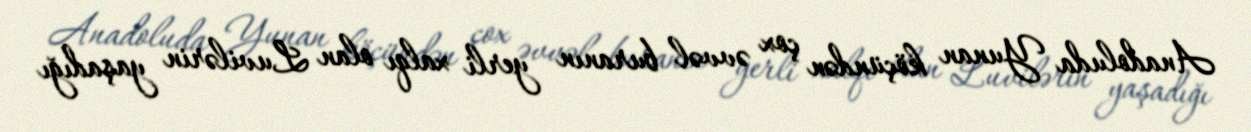
Anadoluda Yunan köçündən çox əvvəl buranın yerli xalqı olan Luvilərin yaşadığı